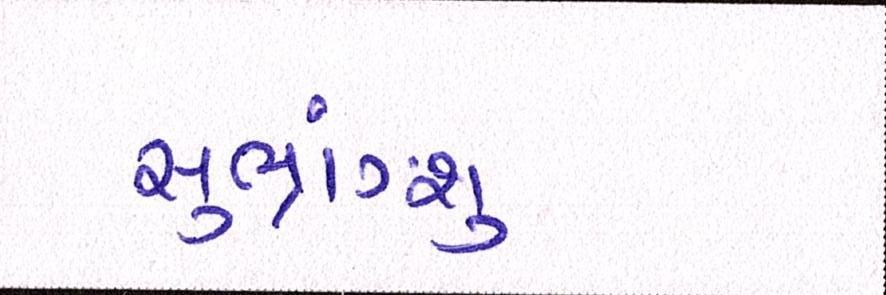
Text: સુભ્રાંગ્શુ